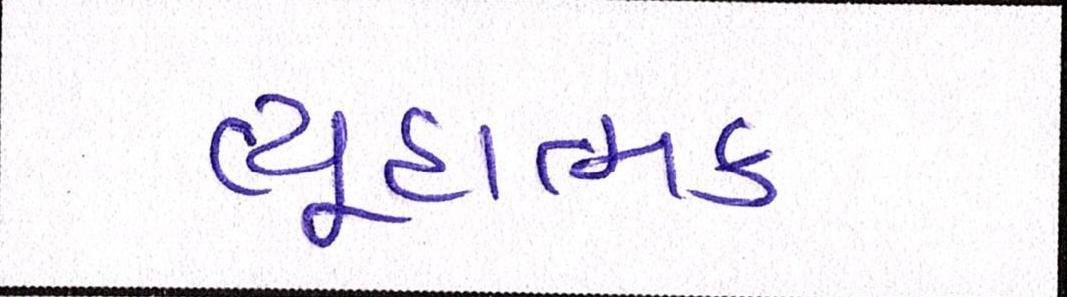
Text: વ્યૂહાત્મક